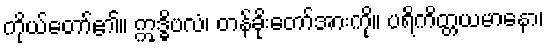
ကိုယ်တော်၏။ ဣဒ္ဓိဗလံ၊ တန်ခိုးတော်အားကို။ ပရိကိတ္တယမာနော၊